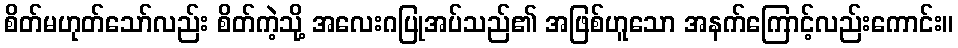
စိတ်မဟုတ်သော်လည်း စိတ်ကဲ့သို့ အလေးဂပြုအပ်သည်၏ အဖြစ်ဟူသော အနက်ကြောင့်လည်းကောင်း။